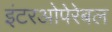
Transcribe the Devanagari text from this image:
इंटरओपेरेबल